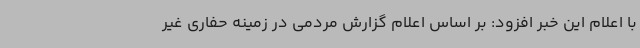
با اعلام این خبر افزود: بر اساس اعلام گزارش مردمی در زمینه حفاری غیر